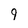
Character: 9